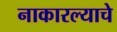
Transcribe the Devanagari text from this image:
नाकारल्याचे